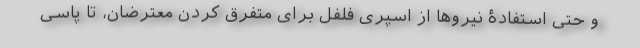
و حتی استفادۀ نیروها از اسپری فلفل برای متفرق کردن معترضان، تا پاسی